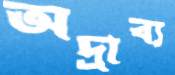
অদ্রাব্য